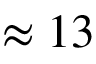
\approx 1 3